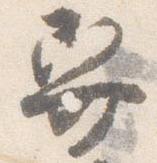
舁